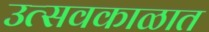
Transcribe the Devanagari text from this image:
उत्सवकाळात